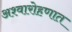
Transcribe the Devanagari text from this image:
अश्वारोहणात